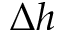
\Delta { h }